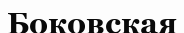
Боковская